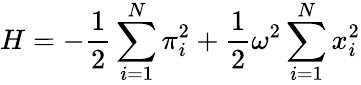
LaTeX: H=-{\frac{1}{2}}\sum_{i=1}^{N}\pi_{i}^{2}+{\frac{1}{2}}\omega^{2}\sum_{i=1}^{N}x_{i}^{2}